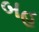
બહ